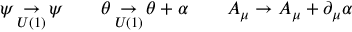
\psi \mathop \to _ { U ( 1 ) } \psi \qquad \theta \mathop \to _ { U ( 1 ) } \theta + \alpha \qquad A _ { \mu } \to A _ { \mu } + \partial _ { \mu } \alpha